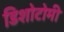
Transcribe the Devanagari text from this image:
डिशोटोमी